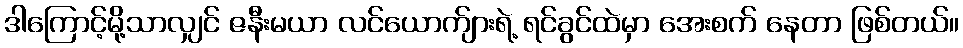
ဒါကြောင့်မို့သာလျှင် ဇနီးမယာ လင်ယောက်ျားရဲ့ ရင်ခွင်ထဲမှာ အေးစက် နေတာ ဖြစ်တယ်။